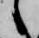
々